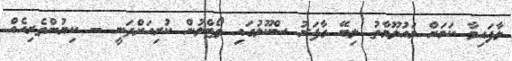
ލާފައިވާ ކަމަށް މައުލޫމާތު ލިބޭ ގާފަރު ސްކޫލުގައި ވޯޓްލުން ކުރިއަށްދަނީ -- ކިޔުންތެރިއެއް